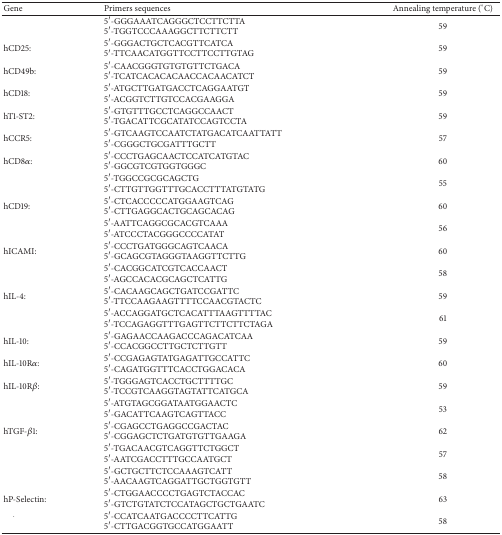
<table><thead><tr><td><b>Gene </b></td><td><b>Primers sequences</b></td><td><b>Annealing temperature (°C)</b></td></tr></thead><tbody><tr><td>[EMPTY_CELL]</td><td>5′-GGGAAATCAGGGCTCCTTCTTA 5′-TGGTCCCAAAGGCTTCTTCTT</td><td>59</td></tr><tr><td>hCD25:</td><td>5′-GGGACTGCTCACGTTCATCA 5′-TTCAACATGGTTCCTTCCTTGTAG</td><td>59</td></tr><tr><td>hCD49b:</td><td>5′-CAACGGGTGTGTGTTCTGACA 5′-TCATCACACACAACCACAACATCT</td><td>59</td></tr><tr><td>hCD18:</td><td>5′-ATGCTTGATGACCTCAGGAATGT 5′-ACGGTCTTGTCCACGAAGGA</td><td>59</td></tr><tr><td>hT1-ST2:</td><td>5′-GTGTTTGCCTCAGGCCAACT 5′-TGACATTCGCATATCCAGTCCTA</td><td>59</td></tr><tr><td>hCCR5:</td><td>5′-GTCAAGTCCAATCTATGACATCAATTATT 5′-CGGGCTGCGATTTGCTT</td><td>57</td></tr><tr><td>hCD8<i>α</i>:</td><td>5′-CCCTGAGCAACTCCATCATGTAC 5′-GGCGTCGTGGTGGGC</td><td>60</td></tr><tr><td>[EMPTY_CELL]</td><td>5′-TGGCCGCGCAGCTG 5′-CTTGTTGGTTTGCACCTTTATGTATG</td><td>55</td></tr><tr><td>hCD19:</td><td>5′-CTCACCCCCATGGAAGTCAG 5′-CTTGAGGCACTGCAGCACAG</td><td>60</td></tr><tr><td>[EMPTY_CELL]</td><td>5′-AATTCAGGCGCACGTCAAA 5′-ATCCCTACGGGCCCCATAT </td><td>56</td></tr><tr><td>hICAMI:</td><td>5′-CCCTGATGGGCAGTCAACA 5′-GCAGCGTAGGGTAAGGTTCTTG</td><td>60</td></tr><tr><td>[EMPTY_CELL]</td><td>5′-CACGGCATCGTCACCAACT 5′-AGCCACACGCAGCTCATTG</td><td>58</td></tr><tr><td>hIL-4:</td><td>5′-CACAAGCAGCTGATCCGATTC 5′-TTCCAAGAAGTTTTCCAACGTACTC</td><td>59</td></tr><tr><td>[EMPTY_CELL]</td><td>5′-ACCAGGATGCTCACATTTAAGTTTTAC 5′-TCCAGAGGTTTGAGTTCTTCTTCTAGA</td><td>61</td></tr><tr><td>hIL-10:</td><td>5′-GAGAACCAAGACCCAGACATCAA 5′-CCACGGCCTTGCTCTTGTT</td><td>59</td></tr><tr><td>hIL-10R<i>α</i>:</td><td>5′-CCGAGAGTATGAGATTGCCATTC 5′-CAGATGGTTTCACCTGGACACA</td><td>60</td></tr><tr><td>hIL-10R<i>β</i>:</td><td>5′-TGGGAGTCACCTGCTTTTGC 5′-TCCGTCAAGGTAGTATTCATGCA</td><td>59</td></tr><tr><td>[EMPTY_CELL]</td><td>5′-ATGTAGCGGATAATGGAACTC 5′-GACATTCAAGTCAGTTACC</td><td>53</td></tr><tr><td>hTGF-<i>β</i>1:</td><td>5′-CGAGCCTGAGGCCGACTAC 5′-CGGAGCTCTGATGTGTTGAAGA</td><td>62</td></tr><tr><td>[EMPTY_CELL]</td><td>5′-TGACAACGTCAGGTTCTGGCT 5′-AATCGACCTTTGCCAATGCT</td><td>57</td></tr><tr><td>[EMPTY_CELL]</td><td>5′-GCTGCTTCTCCAAAGTCATT 5′-AACAAGTCAGGATTGCTGGTGTT</td><td>58</td></tr><tr><td>hP-Selectin:</td><td>5′-CTGGAACCCCTGAGTCTACCAC 5′-GTCTGTATCTCCATAGCTGCTGAATC</td><td>63</td></tr><tr><td>[EMPTY_CELL]</td><td>5′-CCATCAATGACCCCTTCATTG 5′-CTTGACGGTGCCATGGAATT</td><td>58</td></tr></tbody></table>